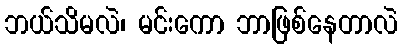
ဘယ်သိမလဲ၊ မင်းကော ဘာဖြစ်နေတာလဲ